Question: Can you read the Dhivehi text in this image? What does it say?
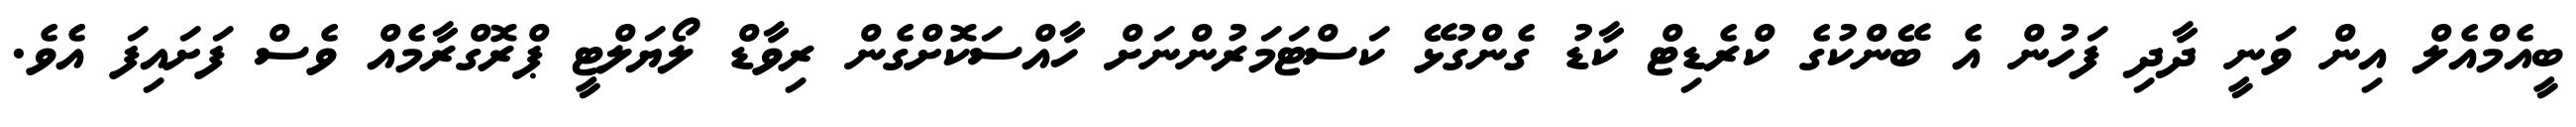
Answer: ބީއެމްއެލް އިން ވަނީ ދާދި ފަހުން އެ ބޭންކުގެ ކްރެޑިޓް ކާޑު ގެންގުޅޭ ކަސްޓަމަރުންނަށް ހާއްސަކޮށްގެން ރިވާޑް ލޯޔަލްޓީ ޕްރޮގްރާމެއް ވެސް ފަށައިފަ އެވެ.